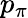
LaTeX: p_{\pi}